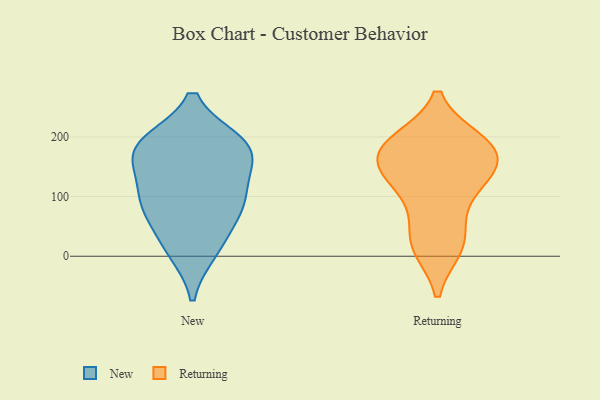
{"axis": {"x": "Market Share (%)", "y": "Value"}, "legend": ["New", "Returning"], "data": [{"x": "", "y": 78, "type": "New"}, {"x": "", "y": 136, "type": "New"}, {"x": "", "y": 187, "type": "New"}, {"x": "", "y": 189, "type": "New"}, {"x": "", "y": 168, "type": "New"}, {"x": "", "y": 76, "type": "New"}, {"x": "", "y": 187, "type": "New"}, {"x": "", "y": 101, "type": "New"}, {"x": "", "y": 10, "type": "New"}, {"x": "", "y": 94, "type": "New"}, {"x": "", "y": 18, "type": "New"}, {"x": "", "y": 177, "type": "New"}, {"x": "", "y": 136, "type": "Returning"}, {"x": "", "y": 193, "type": "Returning"}, {"x": "", "y": 190, "type": "Returning"}, {"x": "", "y": 136, "type": "Returning"}, {"x": "", "y": 178, "type": "Returning"}, {"x": "", "y": 26, "type": "Returning"}, {"x": "", "y": 16, "type": "Returning"}, {"x": "", "y": 181, "type": "Returning"}, {"x": "", "y": 159, "type": "Returning"}, {"x": "", "y": 71, "type": "Returning"}, {"x": "", "y": 189, "type": "Returning"}, {"x": "", "y": 137, "type": "Returning"}, {"x": "", "y": 15, "type": "Returning"}, {"x": "", "y": 112, "type": "Returning"}]}